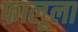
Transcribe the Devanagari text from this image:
फालूला